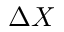
\Delta X